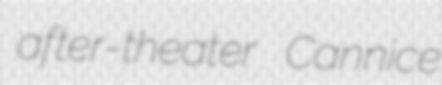
after-theater Cannice